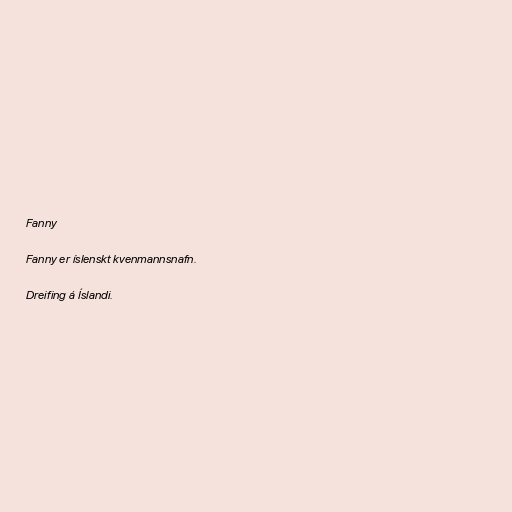
Fanny

Fanny er íslenskt kvenmannsnafn.

Dreifing á Íslandi.